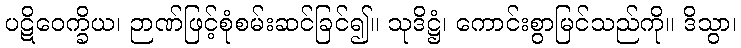
ပဋိဝေက္ခိယ၊ ဉာဏ်ဖြင့်စုံစမ်းဆင်ခြင်၍။ သုဒိဋ္ဌံ၊ ကောင်းစွာမြင်သည်ကို။ ဒိသွာ၊